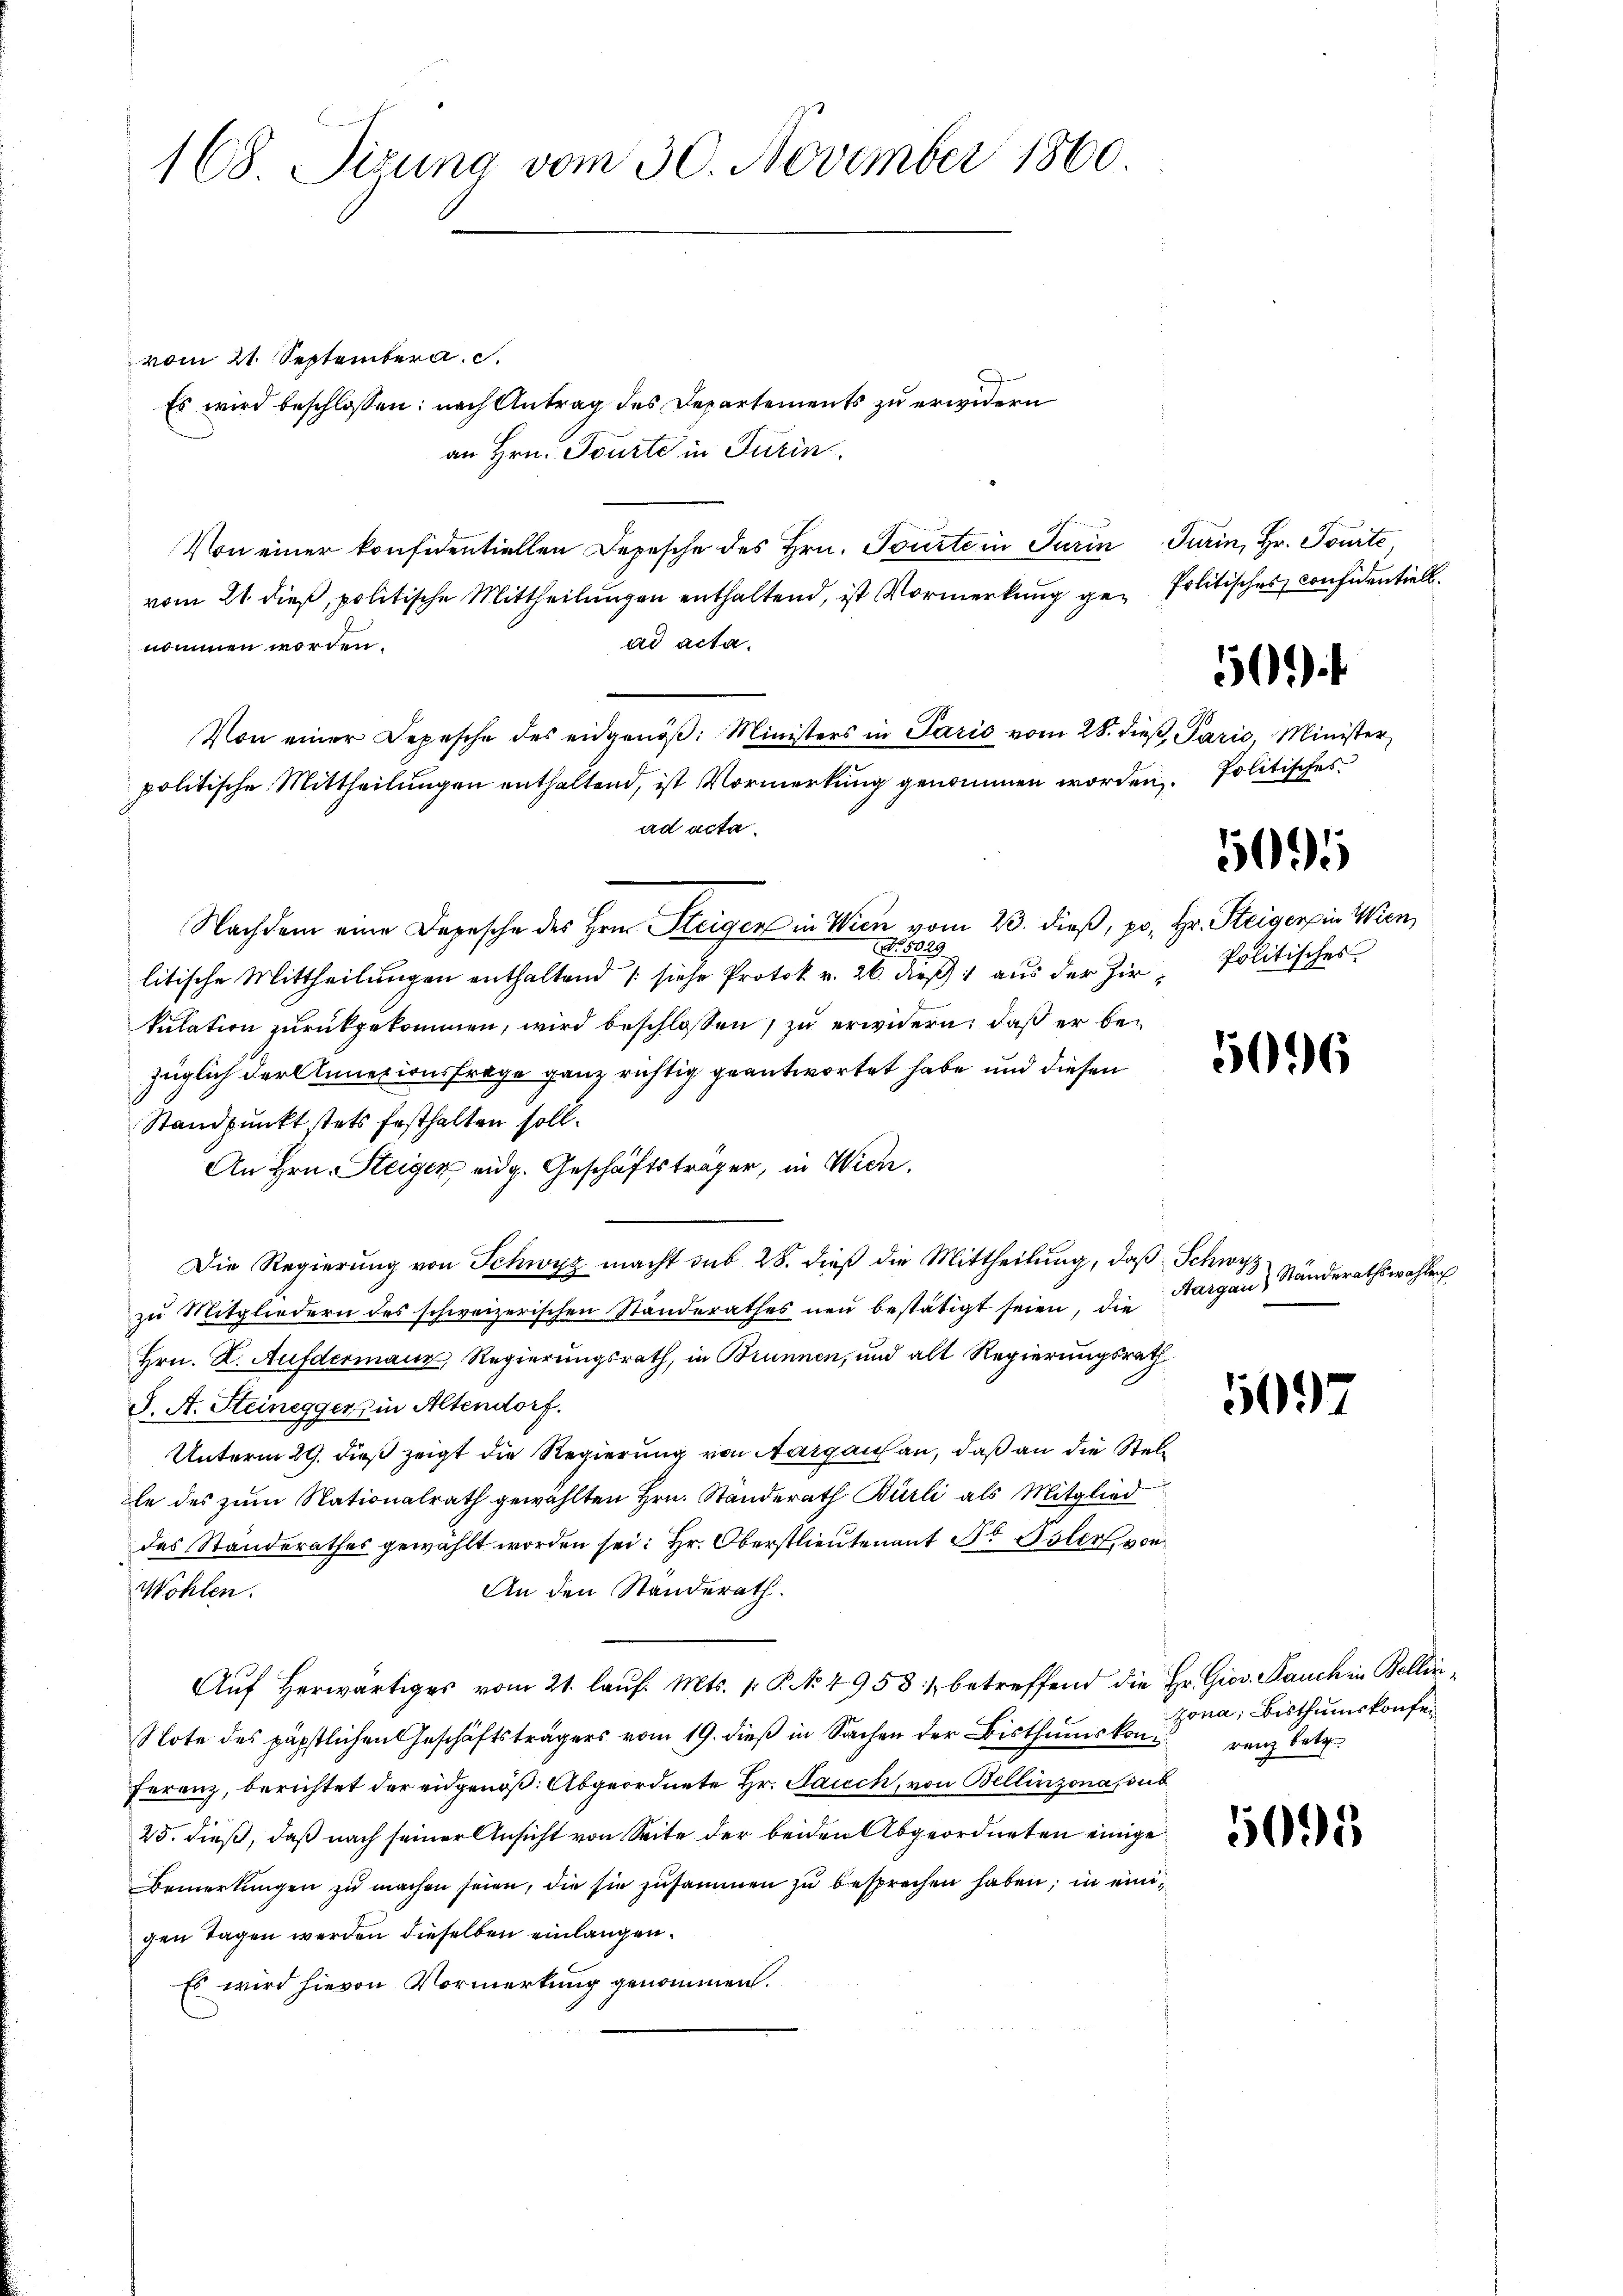
168. Sizung vom 30. November 1860.

vom 21. Septembera. c.
Es wird beschlossen: nach Antrag des Departements zu erwidern
an Hrn. Tourte in Turin
Von einer konfidentiellen Depesche des Hrn. Tourte in Turin Turin, Hr. Tourte
vom 21. dieβ, politische Mittheilŭngen enthaltend, ist Vormerkung ge- Politisches considentiell.
ad acta.
nommen worden.
Von einer Depesche des eidgenöβ: Ministers in Paris vom 28. dieβ, Paris, Minister
politische Mittheilungen enthaltend, ist Vormerkung genommen worden. Politisches
ad acta.
Nachdem eine Depesche des Hrn. Steiger in Wien vom 23. dieß, pr. Hr. Steiger in Wien
No. 5029
litische Mittheilungen enthaltend (siehe Protok v. 26. dieß 1 aus der Zir- Politisches
kulation zurückgekommen, wird beschlossen, zu erwidern, daß er bezüglich der Annexionsfrage ganz richtig geantwortet habe und diesen
Standpunkt stets festhalten soll.
An Hrn. Steiger eidg. Geschäftsträger, in Wien.
Die Regierung von Schwyz macht sub 28. dieß die Mittheilung, daß Schwyz
zu Mitgliedern des schweizerischen Standerathes neu bestätigt seien, die
Hrn. X. Aufdermanz, Regierungsrath, in Brunnen, und alt Regierungsrath
S. A. Steinegger in Altendorf.
Unterm 29. dieß zeigt die Regierung von Aargau an, daß an die Stelle des zum Nationalrath gewählten Hrn. Ständerath Burli als Mitglied
des Standerathes gewählt worden sei: Hr. Oberstlieutenant St. Polen, von
An den Ständerath.
Wohlen.
Aŭf herwärtiges vom 21. laŭf. Mts. 1. P. Nr. 49531 betreffend die Hr. Giov. Pauchen Bellin¬
Note des päpstlichen Geschäftsträgers vom 19. dieβ in Sachen der Bisthumskonvenz betr.
Ferenz, berichtet der eidgenöß: Abgeordnete Hr. Jauch, von Bellinzona, sub
25. dieß, daß nach seiner Ansicht von Seite der beiden Abgeordneten einige
Bemerkungen zu machen seien, die sie zusammen zu besprechen haben; in einigen Tagen werden dieselben einlangen.
Es wird hievon Vormerkung genommen.

501 f

6

5096

Aargau, Ständerathswahlen

5097

zona; Bisthumskonfer

5095